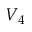
V _ { 4 }